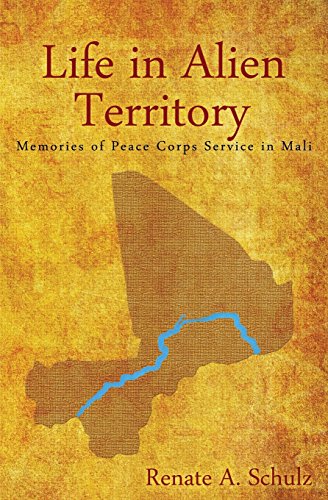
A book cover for Life in Alien Territory: Memories of Peace Corps Service in Mali; Renate a. Schulz; Travel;